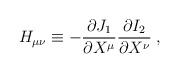
LaTeX: \begin{align*}H_{\mu \nu} \equiv - \frac{\partial J_1}{\partial X^\mu} \frac{\partial I_2}{\partial X^\nu} \;,\end{align*}